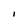
Character: I